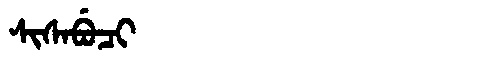
Manchu: ᠰᡳᠰᠠᠪᡠᠴᡳ
Romanization: SISABUCI